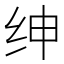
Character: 绅